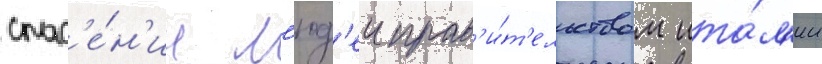
спас'е́н'ии л'юд'еи прав'и́т'ельством ита́л'ии